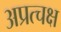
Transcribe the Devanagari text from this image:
अप्रत्चक्ष